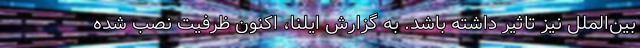
بین‌الملل نیز تاثیر داشته باشد. به گزارش ایلنا، اکنون ظرفیت نصب شده